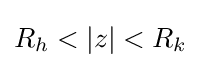
R_{h}<|z|<R_{k}